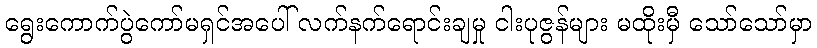
ရွေးကောက်ပွဲကော်မရှင်အပေါ် လက်နက်ရောင်းချမှု ငါးပုဇွန်များ မထိုးမှီ သော်သော်မှာ